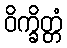
ဝိက္ခိတ္တံ